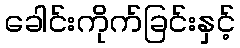
ခေါင်းကိုက်ခြင်းနှင့်